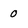
Character: 0